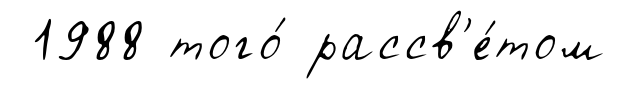
1988 того́ рассв'е́том